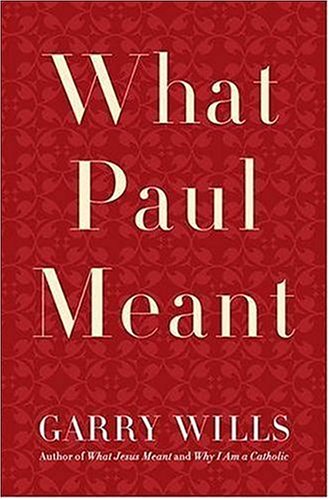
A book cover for What Paul Meant; Garry Wills; Christian Books & Bibles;